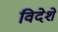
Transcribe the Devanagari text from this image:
विदेशे